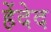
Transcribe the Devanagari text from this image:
हेंदेद